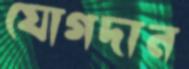
যোগদান